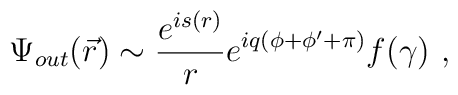
\Psi_{out}(\vec{r})\sim \frac{e^{is(r)}}re^{iq(\phi+\phi'+\pi)}f(\gamma) \ ,